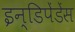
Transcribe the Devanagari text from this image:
इन्डिपेंडेंस